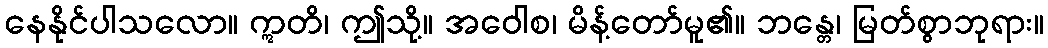
နေနိုင်ပါသလော။ ဣတိ၊ ဤသို့။ အဝေါစ၊ မိန့်တော်မူ၏။ ဘန္တေ၊ မြတ်စွာဘုရား။